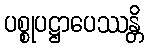
ပစ္စုပဋ္ဌာပေဿန္တိ